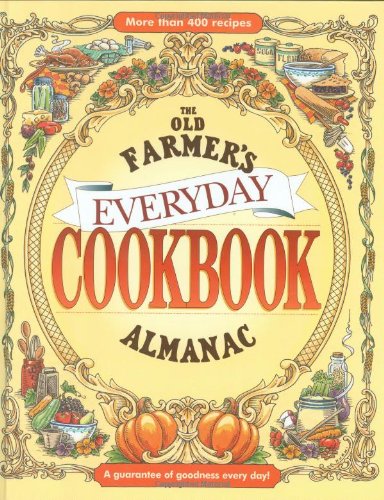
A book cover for The Old Farmer's Almanac Everyday Cookbook; Old FarmerEEs Almanac; Reference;